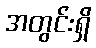
အတွင်းရှိ